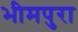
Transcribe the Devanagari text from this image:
भीमपुरा